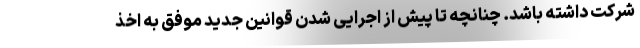
شرکت داشته باشد. چنانچه تا پیش از اجرایی شدن قوانین جدید موفق به اخذ